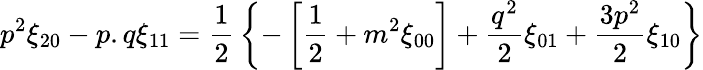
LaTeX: p^{2}\xi_{20}-p.q\xi_{11}={\frac{1}{2}}\left\{ -\left[{\frac{1}{2}}+m^{2}\xi_{00}\right]+{\frac{q^{2}}{2}}\xi_{01}+{\frac{3p^{2}}{2}}\xi_{10}\right\}